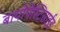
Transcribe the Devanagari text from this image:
बायोपेस्टिसाईड